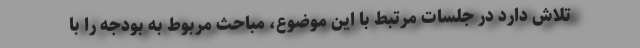
تلاش دارد در جلسات مرتبط با این موضوع، مباحث مربوط به بودجه را با